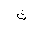
Letter: _tha